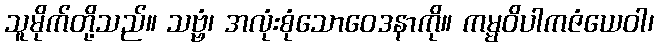
သူမိုက်တို့သည်။ သဗ္ဗံ၊ အလုံးစုံသောဝေဒနာကို။ ကမ္မဝိပါကဇံယေဝါ၊